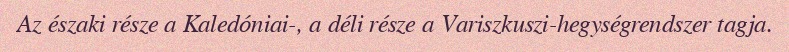
Az északi része a Kaledóniai-, a déli része a Variszkuszi-hegységrendszer tagja.